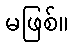
မဖြစ်။